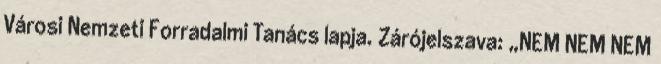
Városi Nemzeti Forradalmi Tanács lapja. Zárójelszava: „NEM NEM NEM